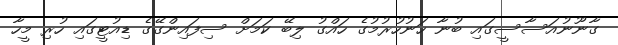
ގާނޫނުއަސާސީގައި ބުނާ ހަނުހުރުމުގެ ހައްގު ލިބޭ ކަމަށް ސިފައިންގޭގެ ޑިއުޓީގައި ހުރި މީހާ